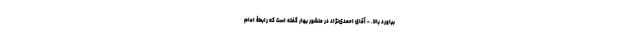
بیاورد بالا. - آقای احمدی‌نژاد در منشور بهار گفته است که رابطۀ امام